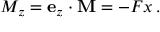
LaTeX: M _ { z } = \mathbf { e } _ { z } \cdot \mathbf { M } = - F x \, .